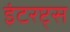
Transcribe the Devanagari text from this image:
इंटरप्ट्स